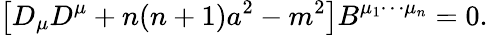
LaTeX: \left[D_{\mu}D^{\mu}+n(n+1)a^{2}-m^{2}\right]B^{\mu_{1}\cdots\mu_{n}}=0.